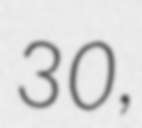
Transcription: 30,